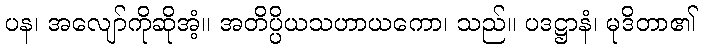
ပန၊ အလျော်ကိုဆိုအံ့။ အတိပ္ပိယသဟာယကော၊ သည်။ ပဒဋ္ဌာနံ၊ မုဒိတာ၏